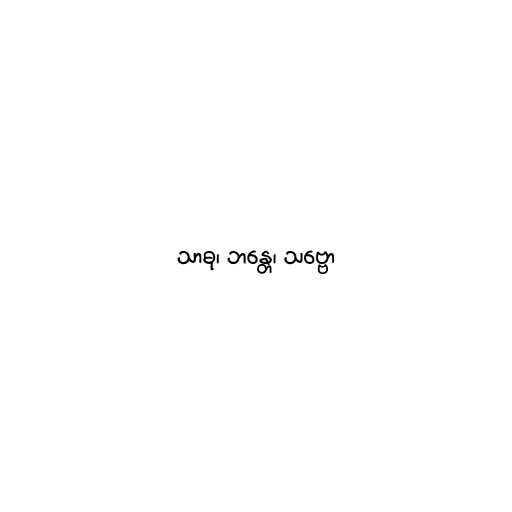
သာဓု၊ ဘန္တေ၊ သဗ္ဗော